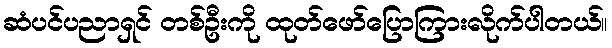
ဆံပင်ပညာရှင် တစ်ဦးကို ထုတ်ဖော်ပြောကြားလိုက်ပါတယ်။